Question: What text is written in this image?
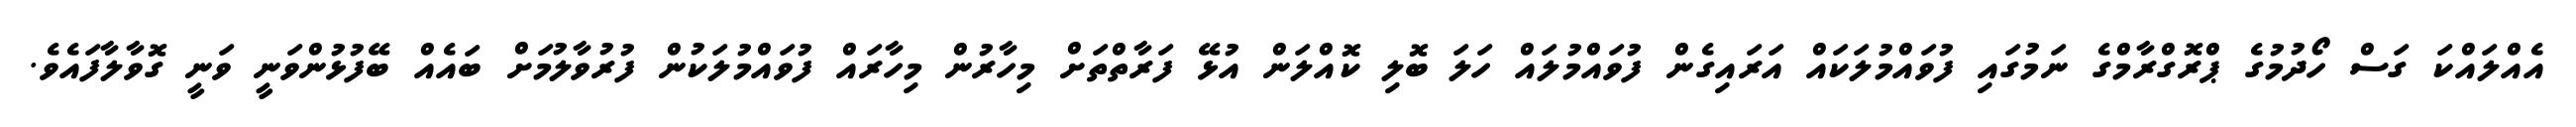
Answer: އެއްލައްކަ ގަސް ހޯދުމުގެ ޕްރޮގްރާމްގެ ނަމުގައި ފުވައްމުލަކައް އަރައިގެން ފުވައްމުލައް ހަލަ ބޮލި ކޮއްލަން އުޅޭ ފަރާތްތަށް މިހާރުން މިހާރައް ފުވައްމުލަކުން ފުރުވާލުމަށް ބައެއް ބޭފުޅުންވަނީ ވަނީ ގޮވާލާފައެވެ.